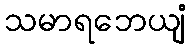
သမာရဘေယျံ